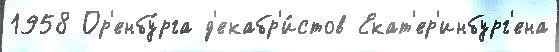
1958 Ор'енбу́рга д'екабр'и́стов Екат'ер'инбург'ена